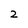
Character: 2